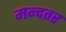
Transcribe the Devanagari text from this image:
मन्दतर